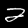
Label: 2